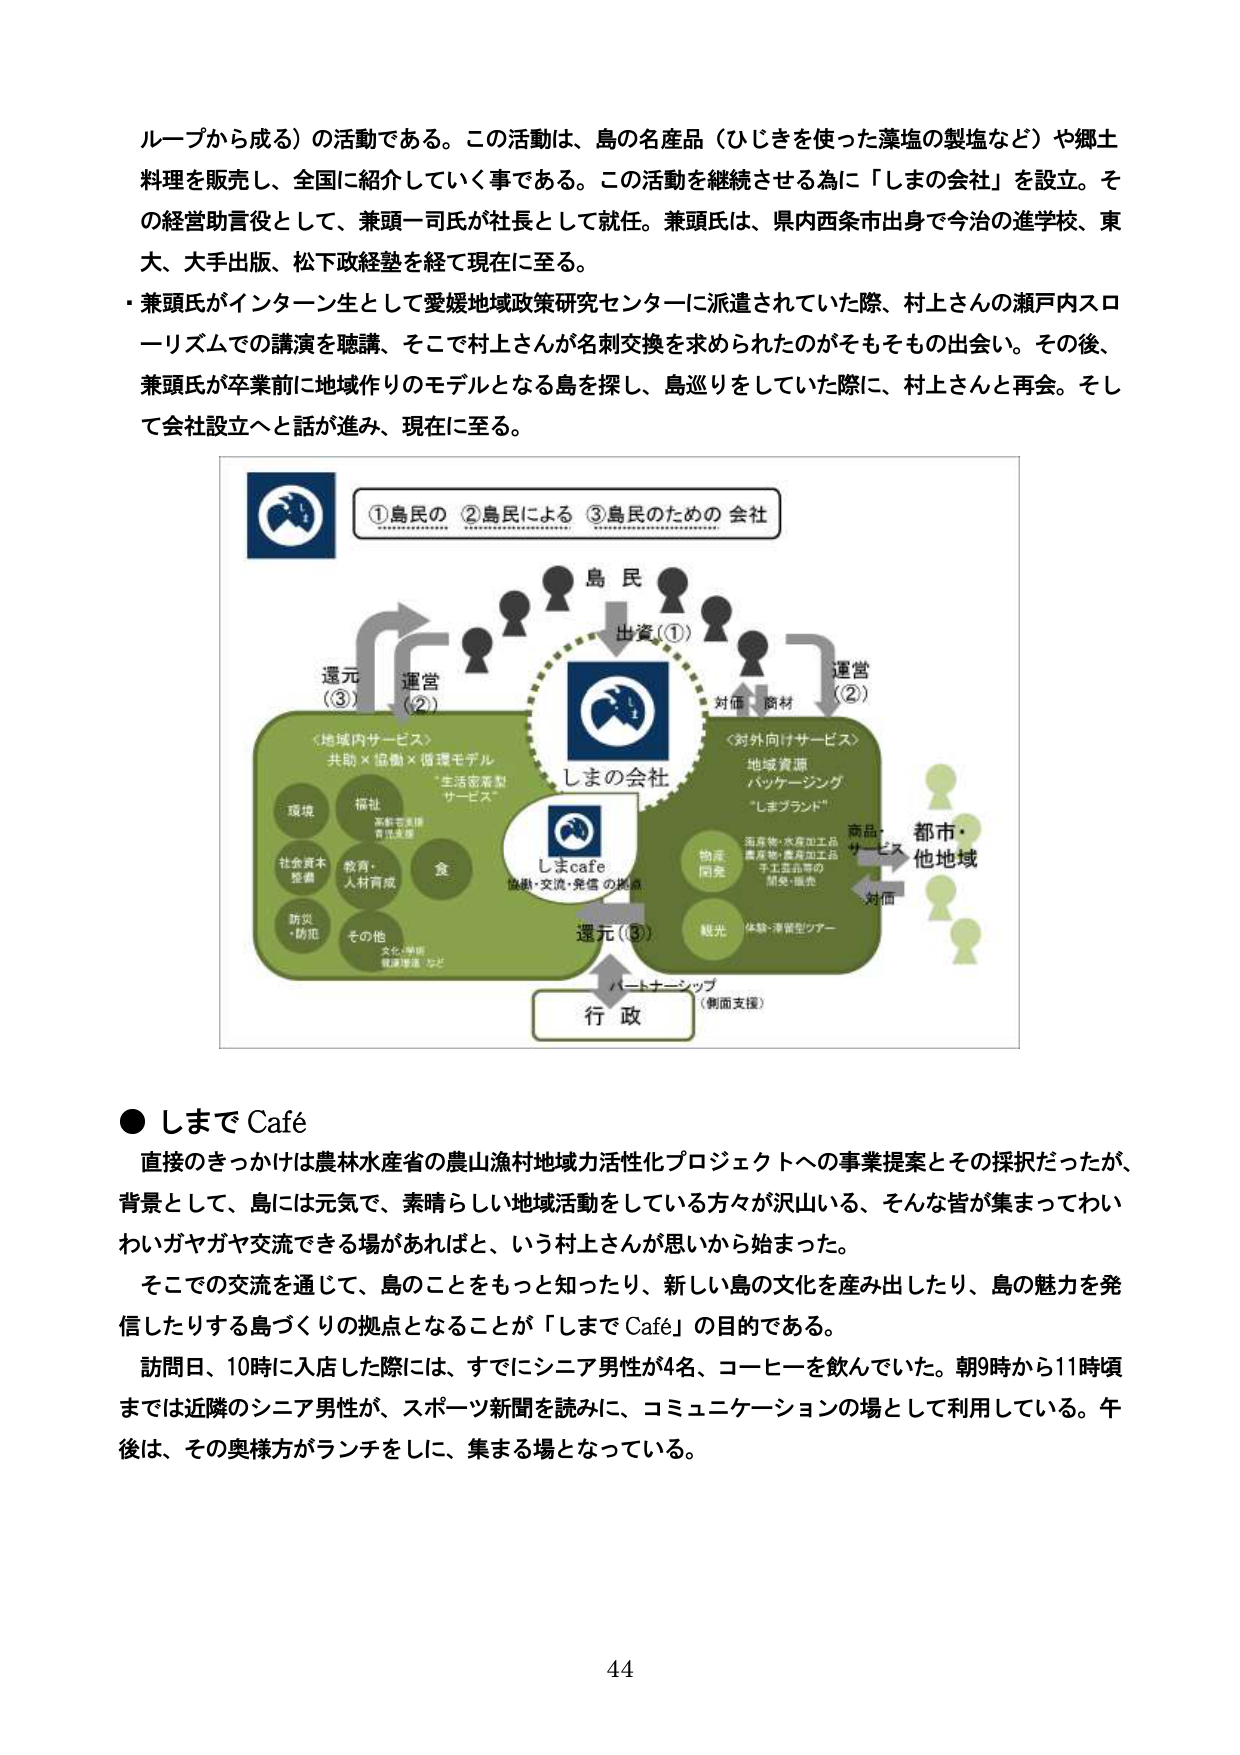
ループから成る）の活動である。この活動は、島の名産品（ひじきを使った藻塩の製塩など）や郷土料理を販売し、全国に紹介していく事である。この活動を継続させる為に「しまの会社」を設立。その経営助言役として、兼頭一司氏が社長として就任。兼頭氏は、県内西条市出身で今治の進学校、東大、大手出版、松下政経塾を経て現在に至る。

・兼頭氏がインターン生として愛媛地域政策研究センターに派遣されていた際、村上さんの瀬戸内スローリズムでの講演を聴講、そこで村上さんが名刺交換を求められたのがそもそもその出会い。その後、兼頭氏が卒業前に地域作りのモデルとなる島を探し、島巡りをしていた際に、村上さんと再会。そして会社設立へと話が進み、現在に至る。

①島民の ②島民による ③島民のための 会社

島民
出資（①）

運営（②）
対価・商材
運営（②）

＜地域内サービス＞
共助×協働×循環モデル
“生活密着型
サービス”

環境
福祉
高齢者支援
育児支援
社会資本
整備
教育・
人材育成
食
防災
・防犯
その他
文化・学術
健康増進・など

しまの会社

しまcafe
協働・交流・発信の拠点

＜対外向けサービス＞
地域資源
パッケージング
“しまブランド”
海産物・水産加工品
農産物・農産加工品
手工芸品等の
開発・販売

商品・
サービス
都市・
他地域
対価

物産
開発
観光
体験・滞留型ツアー

還元（③）
パートナーシップ
（側面支援）
行政

● しまで Café
直接のきっかけは農林水産省の農山漁村地域力活性化プロジェクトへの事業提案とその採択だったが、背景として、島には元気で、素晴らしい地域活動をしている方々が沢山いる、そんな皆が集まってわいわいガヤガヤ交流できる場があればと、いう村上さんが思いから始まった。
そこでの交流を通じて、島のことをもっと知ったり、新しい島の文化を産み出したり、島の魅力を発信したりする島づくりの拠点となることが「しまで Café」の目的である。
訪問日、10時に入店した際には、すでにシニア男性が4名、コーヒーを飲んでいた。朝9時から11時頃までは近隣のシニア男性が、スポーツ新聞を読みに、コミュニケーションの場として利用している。午後は、その奥様方がランチをしに、集まる場となっている。

44